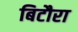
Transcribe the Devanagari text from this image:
बिटौरा